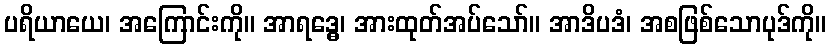
ပရိယာယေ၊ အကြောင်းကို။ အာရဒ္ဓေ၊ အားထုတ်အပ်သော်။ အာဒိပဒံ၊ အစဖြစ်သောပုဒ်ကို။